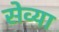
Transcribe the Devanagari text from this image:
सेव्या